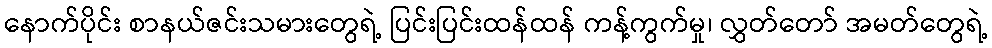
နောက်ပိုင်း စာနယ်ဇင်းသမားတွေရဲ့ ပြင်းပြင်းထန်ထန် ကန့်ကွက်မှု၊ လွှတ်တော် အမတ်တွေရဲ့